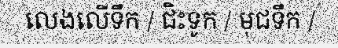
លេងលើទឹក / ជិះទូក / មុជទឹក /